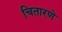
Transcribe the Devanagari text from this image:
चितारणे